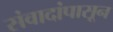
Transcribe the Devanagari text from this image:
संवादांपासून